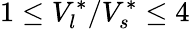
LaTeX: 1\leq V_{l}^{*}/V_{s}^{*}\leq 4